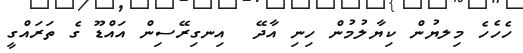
ހެހެހެ މިލޔުން ކިޔާލުމުން ހިނި އާދޭ  އިނގިރޭސިން އައްޑޫ ގެ ތަރައްގީ